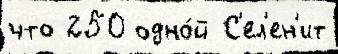
что 250 одно́й С'ел'ен'ит